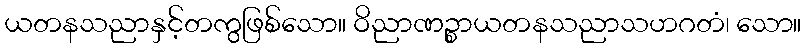
ယတနသညာနှင့်တကွဖြစ်သော။ ဝိညာဏဉ္စာယတနသညာသဟဂတံ၊ သော။